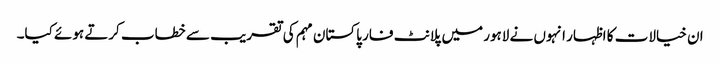
ان خیالات کا اظہار انہوں نے لاہور میں پلانٹ فار پاکستان مہم کی تقریب سے خطاب کرتے ہوئے کیا۔